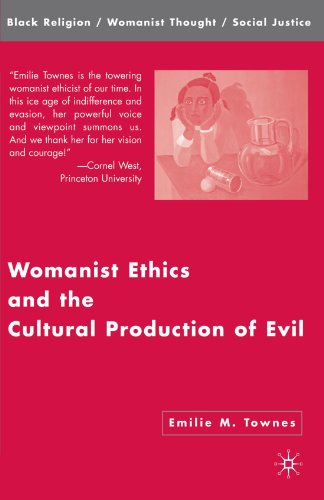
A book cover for Womanist Ethics and the Cultural Production of Evil (Black Religion/Womanist Thought/Social Justice); Emilie M. Townes; Religion & Spirituality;